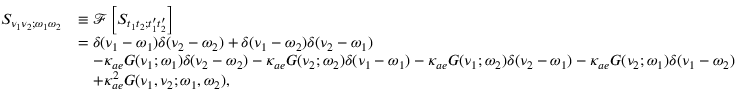
\begin{array} { r l } { S _ { \nu _ { 1 } \nu _ { 2 } ; \omega _ { 1 } \omega _ { 2 } } } & { \equiv \mathscr { F } \left[ S _ { t _ { 1 } t _ { 2 } ; t _ { 1 } ^ { \prime } t _ { 2 } ^ { \prime } } \right] } \\ & { = \delta ( \nu _ { 1 } - \omega _ { 1 } ) \delta ( \nu _ { 2 } - \omega _ { 2 } ) + \delta ( \nu _ { 1 } - \omega _ { 2 } ) \delta ( \nu _ { 2 } - \omega _ { 1 } ) } \\ & { \quad - \kappa _ { a e } G ( \nu _ { 1 } ; \omega _ { 1 } ) \delta ( \nu _ { 2 } - \omega _ { 2 } ) - \kappa _ { a e } G ( \nu _ { 2 } ; \omega _ { 2 } ) \delta ( \nu _ { 1 } - \omega _ { 1 } ) - \kappa _ { a e } G ( \nu _ { 1 } ; \omega _ { 2 } ) \delta ( \nu _ { 2 } - \omega _ { 1 } ) - \kappa _ { a e } G ( \nu _ { 2 } ; \omega _ { 1 } ) \delta ( \nu _ { 1 } - \omega _ { 2 } ) } \\ & { \quad + \kappa _ { a e } ^ { 2 } G ( \nu _ { 1 } , \nu _ { 2 } ; \omega _ { 1 } , \omega _ { 2 } ) , } \end{array}